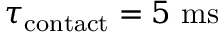
\tau _ { \mathrm { c o n t a c t } } = 5 ~ \mathrm { m s }